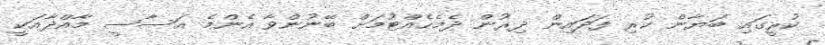
ކުރީގައި ބަޔާން ކުރި ފަދައިން ދިރުން ދެމެހެއްޓުމަށް ބޭނުންވާ އެންމެ އަސާސީ މާއްދާއަކީ